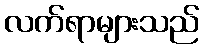
လက်ရာများသည်